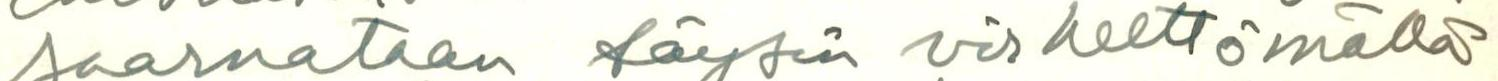
saarnataan täysin virheettömällä